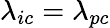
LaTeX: \lambda_{ic}=\lambda_{pc}